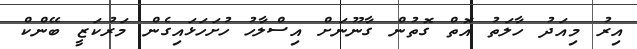
އިރު މިއަދު ހާލަތު އޮތް ގޮތުން ގާނޫނަށް އިސްލާހު ހުށަހަޅައިގެން މަރުކަޒީ ބޭންކް